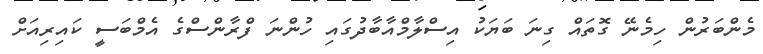
މެންބަރުން ހިމެނޭ ގޮތައް ގިނަ ބަޔަކު އިސްލާމްއާބާދުގައި ހުންނަ ފްރާންސްގެ އެމްބަސީ ކައިރިއަށް